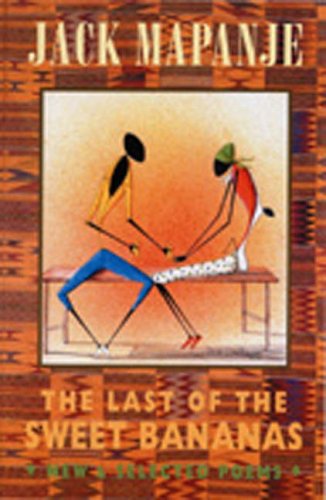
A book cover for The Last of the Sweet Bananas: New and Selected Poems; Jack Mapanje; Travel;